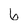
Character: 6